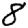
Digit: 8